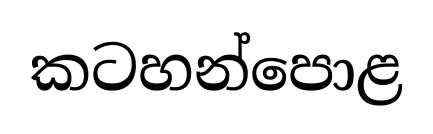
කටහන්පොළ